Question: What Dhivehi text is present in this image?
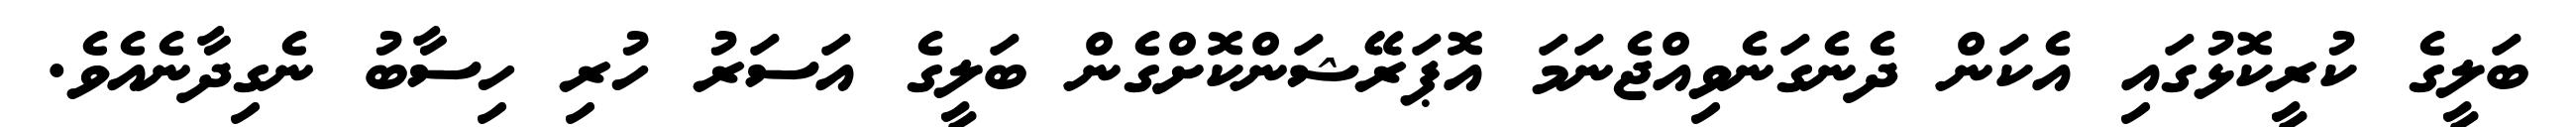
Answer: ބަލީގެ ކުރީކޮޅުގައި އެކަން ދެނެގަނެވިއްޖެނަމަ އޮޕަރޭޝަންކޮށްގެން ބަލީގެ އަސަރު ހުރި ހިސާބު ނެގިދާނެއެވެ.